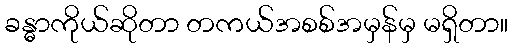
ခန္ဓာကိုယ်ဆိုတာ တကယ်အစစ်အမှန်မှ မရှိတာ။